Annual report of the Imperial Bacteriological Laboratory, Muktesar
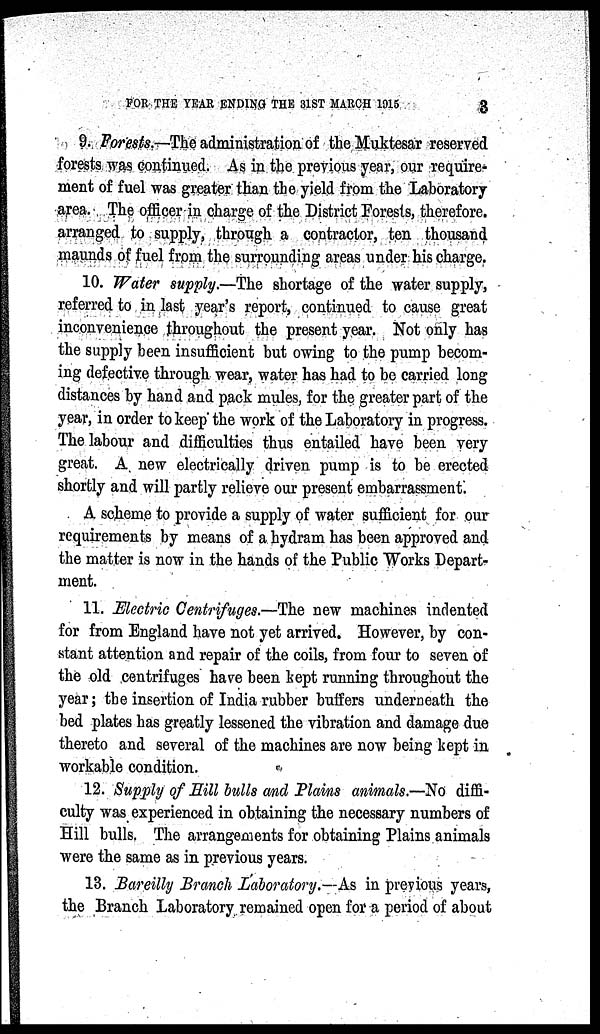
FOR THE YEAR ENDING THE 31ST MARCH 1915
3
9. Forests.—The administration of the Muktesar reserved
forests was continued. As in the previous year, our require-
ment of fuel was greater than the yield from the Laboratory
area. The officer in charge of the District Forests, therefore.
arranged to supply, through a contractor, ten thousand
maunds of fuel from the surrounding areas under his charge.
10. Water supply.—The shortage of the water supply,
referred to in last year's report, continued to cause great
inconvenience throughout the present year. Not only has
the supply been insufficient but owing to the pump becom-
ing defective through wear, water has had to be carried long
distances by hand and pack mules, for the greater part of the
year, in order to keep the work of the Laboratory in progress.
The labour and difficulties thus entailed have been very
great. A new electrically driven pump is to be erected
shortly and will partly relieve our present embarrassment.
A scheme to provide a supply of water sufficient for our
requirements by means of a hydram has been approved and
the matter is now in the hands of the Public Works Depart-
ment.
11. Electric Centrifuges.—The new machines indented
for from England have not yet arrived. However, by con-
stant attention and repair of the coils, from four to seven of
the old centrifuges have been kept running throughout the
year; the insertion of India rubber buffers underneath the
bed plates has greatly lessened the vibration and damage due
thereto and several of the machines are now being kept in
workable condition.
12. Supply of Hill bulls and Plains animals.—No diffi-
culty was experienced in obtaining the necessary numbers of
Hill bulls. The arrangements for obtaining Plains animals
were the same as in previous years.
13. Bareilly Branch Laboratory.—As in previous years,
the Branch Laboratory remained open for a period of about